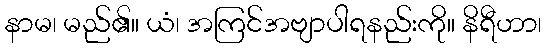
နာမ၊ မည်၏။ ယံ၊ အကြင်အဗျာပါရနည်းကို။ နိရီဟာ၊